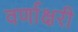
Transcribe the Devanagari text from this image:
वर्णाक्षरी